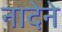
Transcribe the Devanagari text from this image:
नादेने